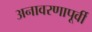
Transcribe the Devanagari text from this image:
अनावरणापूर्वी